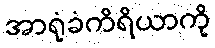
အာရုံခံကိရိယာကို